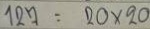
127 = 20 x 20